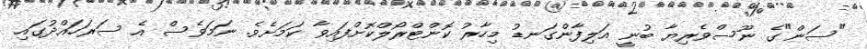
"ސަން"ގެ ނޫސްވެރިޔާ ބުނީ އަލިފާންގަނޑު މިހާރު ކޮންޓްރޯލްކޮށްފައިވާ ކަމަށެވެ. ނަމަވެސް އެ ސަރަހައްދުގައި